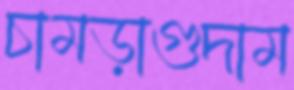
চামড়াগুদাম